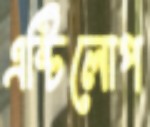
এন্টিলোপ